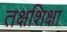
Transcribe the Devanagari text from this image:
तक्षशिक्षा